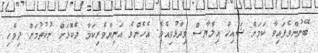
ބޭނުންވެފައިވާ ކަމަށް ޝައިޚް އިލްޔާސް ވިދާޅުވިއެވެ. އެހެންވެ އަނިޔާވެރިކަމާ ދެކޮޅަށް ނުކުތުމަށް ދިވެހި